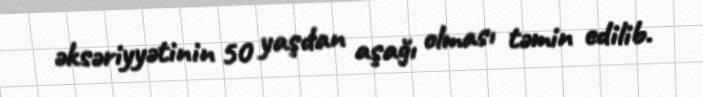
əksəriyyətinin 50 yaşdan aşağı olması təmin edilib.